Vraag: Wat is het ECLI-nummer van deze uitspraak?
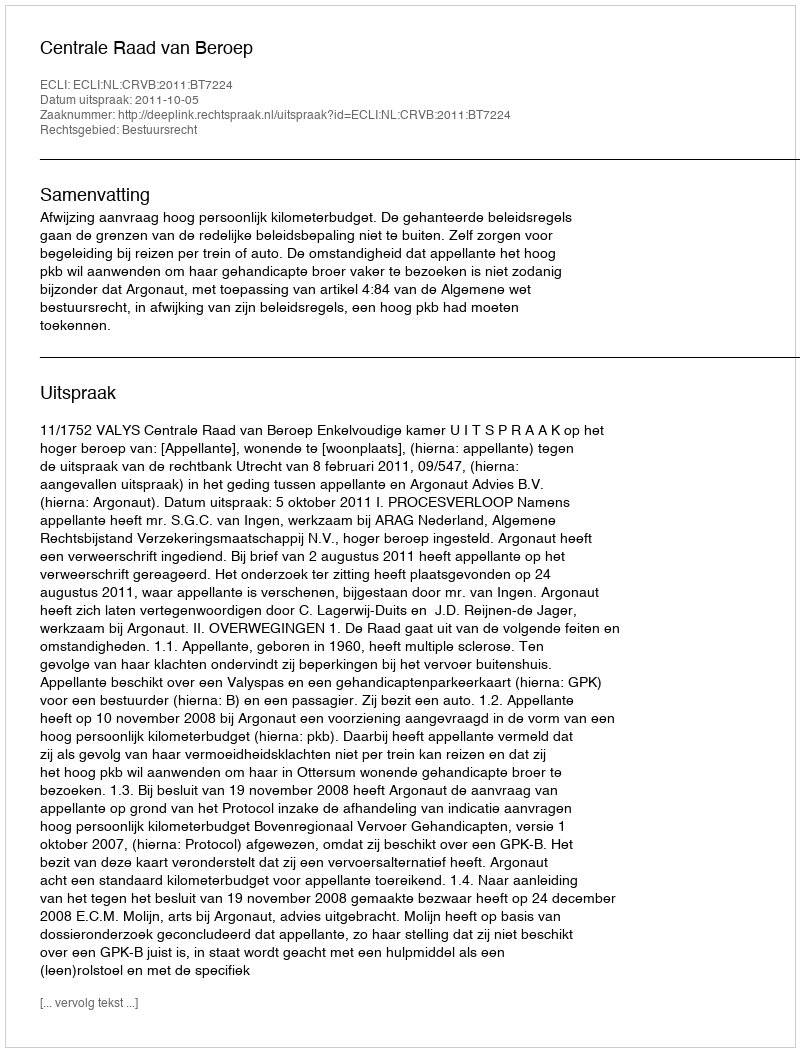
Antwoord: ECLI:NL:CRVB:2011:BT7224